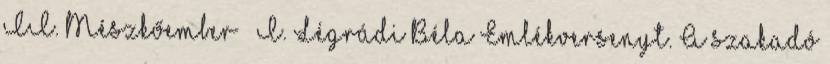
II. Mészkőember – I. Légrádi Béla Emlékversenyt. A szakadó